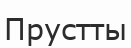
Прустты